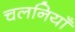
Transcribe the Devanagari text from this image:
चलनियाँ